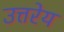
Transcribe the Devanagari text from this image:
उत्तरेय